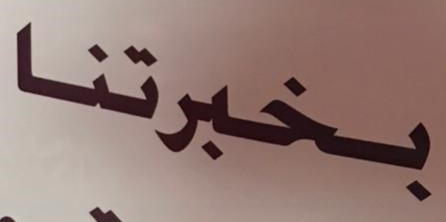
بخبرتنا